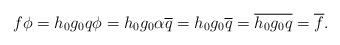
LaTeX: \begin{align*} f \phi = h_0 g_0 q \phi = h_0 g_0 \alpha \overline{q} = h_0 g_0 \overline{q} = \overline{h_0 g_0 q} = \overline{f}.\end{align*}